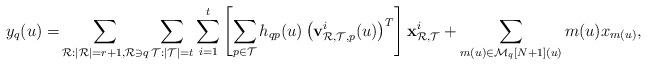
LaTeX: \begin{align*}y_q(u)=&\sum_{\mathcal{R}:|\mathcal{R}|=r+1,\mathcal{R}\ni q}\sum_{\mathcal{T}:|\mathcal{T}|=t}\sum_{i=1}^t\left[\sum_{p\in \mathcal{T}}h_{qp}(u)\left(\mathbf{v}_{{\mathcal{R}},{\mathcal{T}},p}^i(u)\right)^T\right]\mathbf{x}_{{\mathcal{R}},{\mathcal{T}}}^i+\sum_{m(u)\in \mathcal{M}_q[N+1](u)}m(u)x_{m(u)},\end{align*}